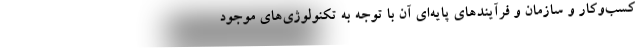
کسب‌وکار و سازمان و فرآیندهای پایه‌ای آن با توجه به تکنولوژی‌های موجود